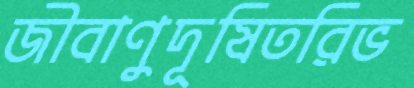
জীবাণুদূষিতরিভ